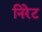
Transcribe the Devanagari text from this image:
निरेट